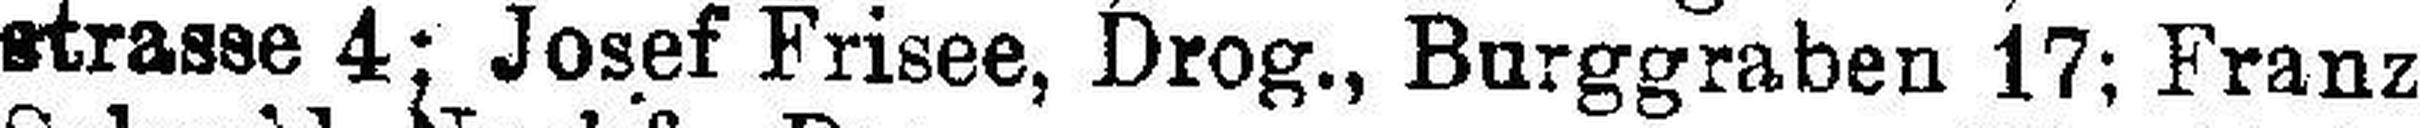
strasse 4; Josef Frisee, Drog., Burggraben 17; Franz